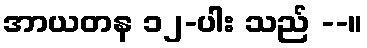
အာယတန ၁၂-ပါး သည် --။